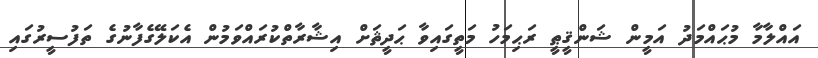
އައްލާމާ މުޙައްމަދު އަމީން ޝަންޤީޠީ ރަޙިމަހު މަތީގައިވާ ޙަދީޘަށް އިޝާރާތްކުރައްވަމުން އެކަލޭގެފާނުގެ ތަފުސީރުގައި